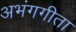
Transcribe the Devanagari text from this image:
अभंगगीता